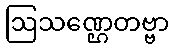
ဩသဏ္ဌေတဗ္ဗာ